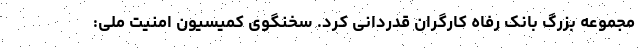
مجموعه بزرگ بانک رفاه کارگران قدردانی کرد. سخنگوی کمیسیون امنیت ملی: